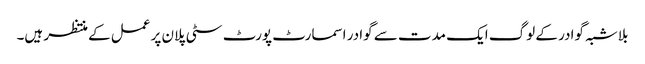
بلاشبہ گوادر کے لوگ ایک مدت سے گوادر اسمارٹ پورٹ سٹی پلان پر عمل کے منتظر ہیں۔